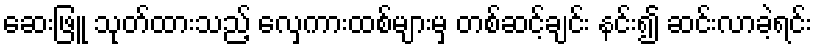
ဆေးဖြူ သုတ်ထားသည့် လှေကားထစ်များမှ တစ်ဆင့်ချင်း နင်း၍ ဆင်းလာခဲ့ရင်း